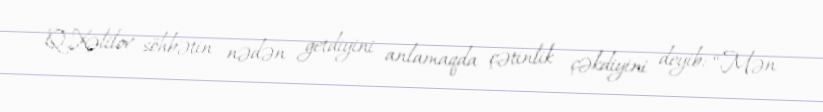
Q.Xəlilov söhbətin nədən getdiyini anlamaqda çətinlik çəkdiyini deyib: “Mən